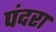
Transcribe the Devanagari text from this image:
पंदरा